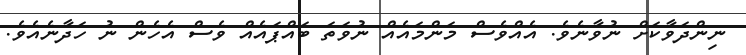
ނިންދަވާކަށް ނުވާނެވެ. އެއްވެސް މަންމައެއް ނުވަތަ ބައްޕައެއް ވެސް އެހެން ނު ހަދާނެއެވެ.